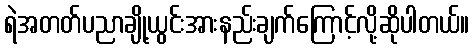
ရဲအတတ်ပညာချို့ယွင်းအားနည်းချက်ကြောင့်လို့ဆိုပါတယ်။